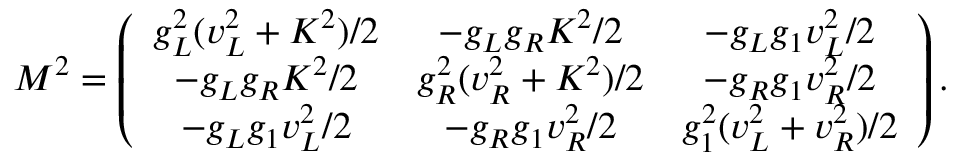
M ^ { 2 } = \left( \begin{array} { c c c } { { g _ { L } ^ { 2 } ( v _ { L } ^ { 2 } + K ^ { 2 } ) / 2 } } & { { - g _ { L } g _ { R } K ^ { 2 } / 2 } } & { { - g _ { L } g _ { 1 } v _ { L } ^ { 2 } / 2 } } \\ { { - g _ { L } g _ { R } K ^ { 2 } / 2 } } & { { g _ { R } ^ { 2 } ( v _ { R } ^ { 2 } + K ^ { 2 } ) / 2 } } & { { - g _ { R } g _ { 1 } v _ { R } ^ { 2 } / 2 } } \\ { { - g _ { L } g _ { 1 } v _ { L } ^ { 2 } / 2 } } & { { - g _ { R } g _ { 1 } v _ { R } ^ { 2 } / 2 } } & { { g _ { 1 } ^ { 2 } ( v _ { L } ^ { 2 } + v _ { R } ^ { 2 } ) / 2 } } \end{array} \right) .